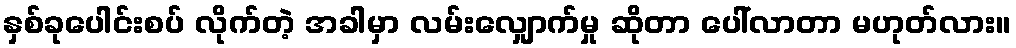
နှစ်ခုပေါင်းစပ် လိုက်တဲ့ အခါမှာ လမ်းလျှောက်မှု ဆိုတာ ပေါ်လာတာ မဟုတ်လား။